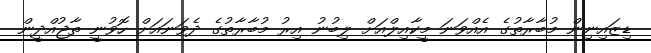
ޑިޒައިނިން މުބާރާތުގެ އެއްވަނަ މީކާއިލްއަށް ލިބުނު އިރު މުބާރާތުގެ ދެވަނައަށް ހޮވުނީ ތާޖުއްދީން